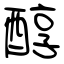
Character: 醇